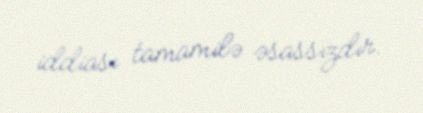
iddiası tamamilə əsassızdır.